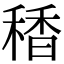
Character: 䅨